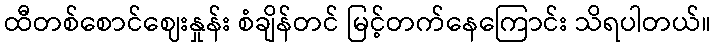
ထီတစ်စောင်ဈေးနှုန်း စံချိန်တင် မြင့်တက်နေကြောင်း သိရပါတယ်။